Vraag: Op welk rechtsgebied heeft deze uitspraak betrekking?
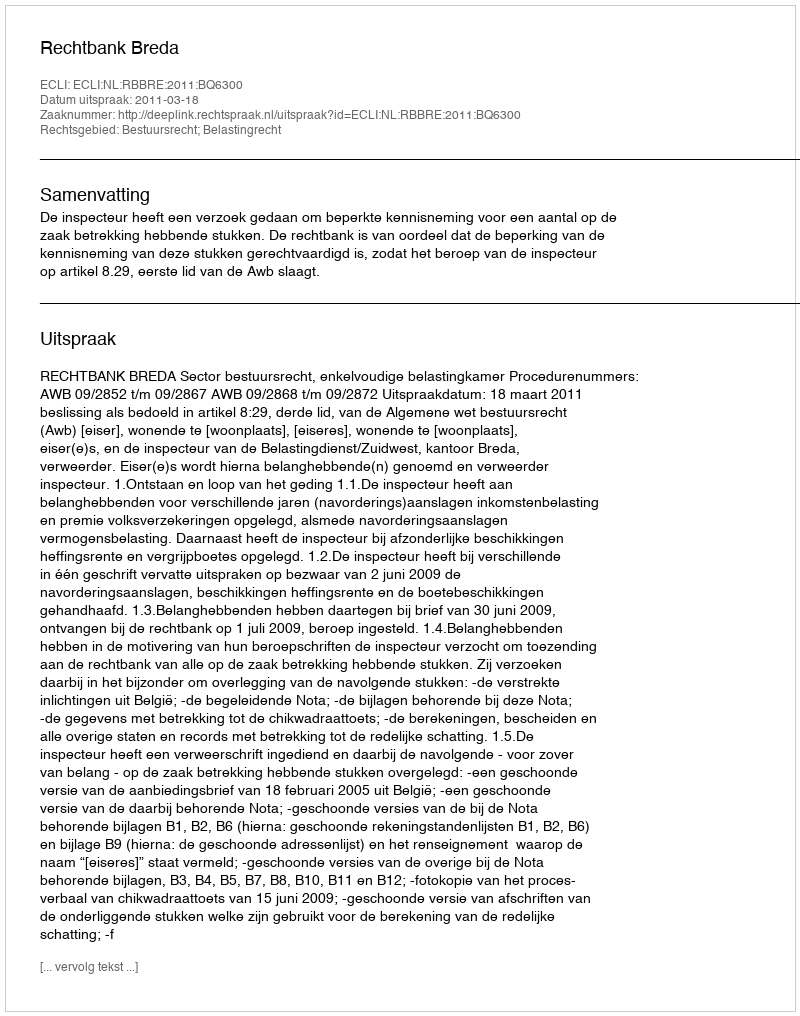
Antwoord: Bestuursrecht; Belastingrecht